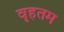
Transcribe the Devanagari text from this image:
वृहतम